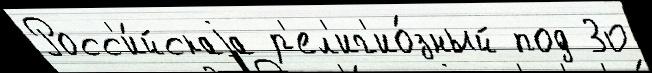
Росс'и́йскаjа р'ел'иг'ио́зный под 30